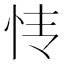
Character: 𰑊